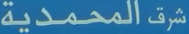
شرف المحمدية